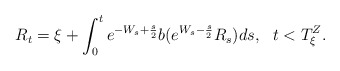
\begin{align*}R_{t}=\xi +\int_{0}^{t}e^{-W_{s}+\frac{s}{2}}b(e^{W_{s}-\frac{s}{2}}R_{s})ds,\ \ t<T_{\xi }^{Z}. \end{align*}